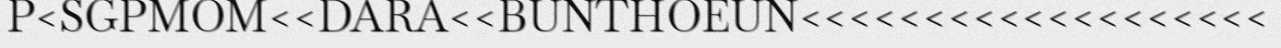
P<SGPMOM<<DARA<<BUNTHOEUN<<<<<<<<<<<<<<<<<<<